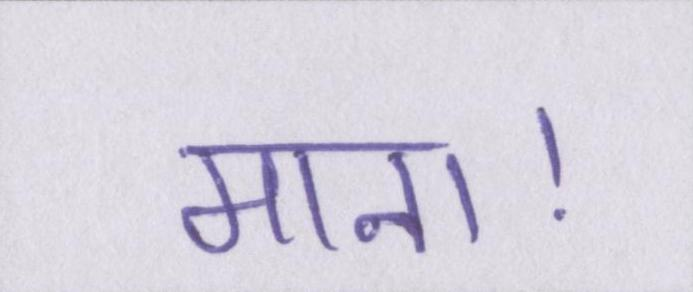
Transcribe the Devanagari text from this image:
माना।